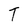
Character: T